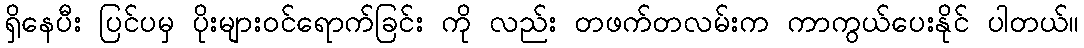
ရှိနေပီး ပြင်ပမှ ပိုးများဝင်ရောက်ခြင်း ကို လည်း တဖက်တလမ်းက ကာကွယ်ပေးနိုင် ပါတယ်။